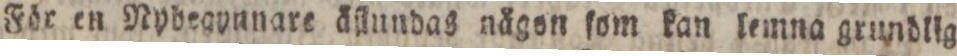
För en Nybegynnare äſtundas nägon ſom kan lemna grundlig